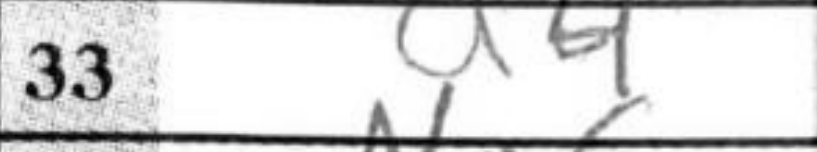
Transcription: a4